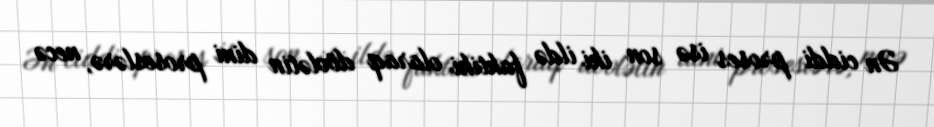
Ən ciddi proses isə son iki ildə faktiki olaraq dövlətin dini proseslərə, necə